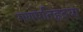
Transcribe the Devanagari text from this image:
गणपतिहृदया